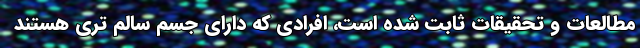
مطالعات و تحقیقات ثابت شده است، افرادی که دارای جسم سالم تری هستند